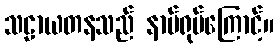
သဠာယတနသည် နာမ်ရုပ်ကြောင့်။